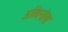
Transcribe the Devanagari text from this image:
अक्विनोला